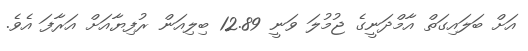
އަށް ބަލައިގަތް އާމްދަނީގެ ޖުމުލަ ވަނީ 12.89 ބިލިއަން ރުފިޔާއަށް އަރާފަ އެވެ.